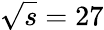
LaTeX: \sqrt{s}=27